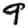
Digit: 9